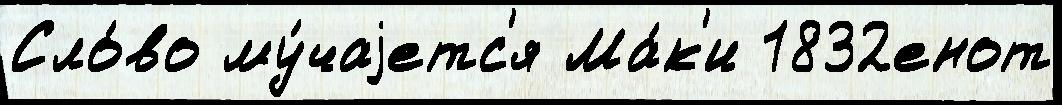
Сло́во му́чаjетс'я Ма́к'и 1832енот